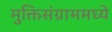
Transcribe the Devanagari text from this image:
मुक्तिसंग्राममध्ये